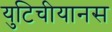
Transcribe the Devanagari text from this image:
युटिचीयानस